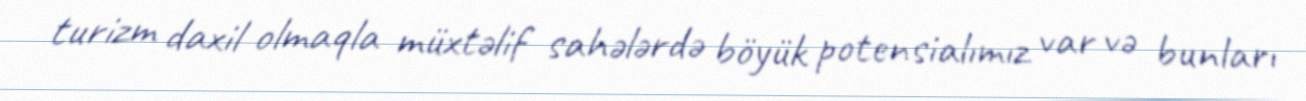
turizm daxil olmaqla müxtəlif sahələrdə böyük potensialımız var və bunları